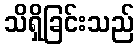
သိရှိခြင်းသည်